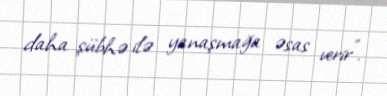
daha şübhə ilə yanaşmağa əsas verir”.